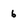
Character: 6